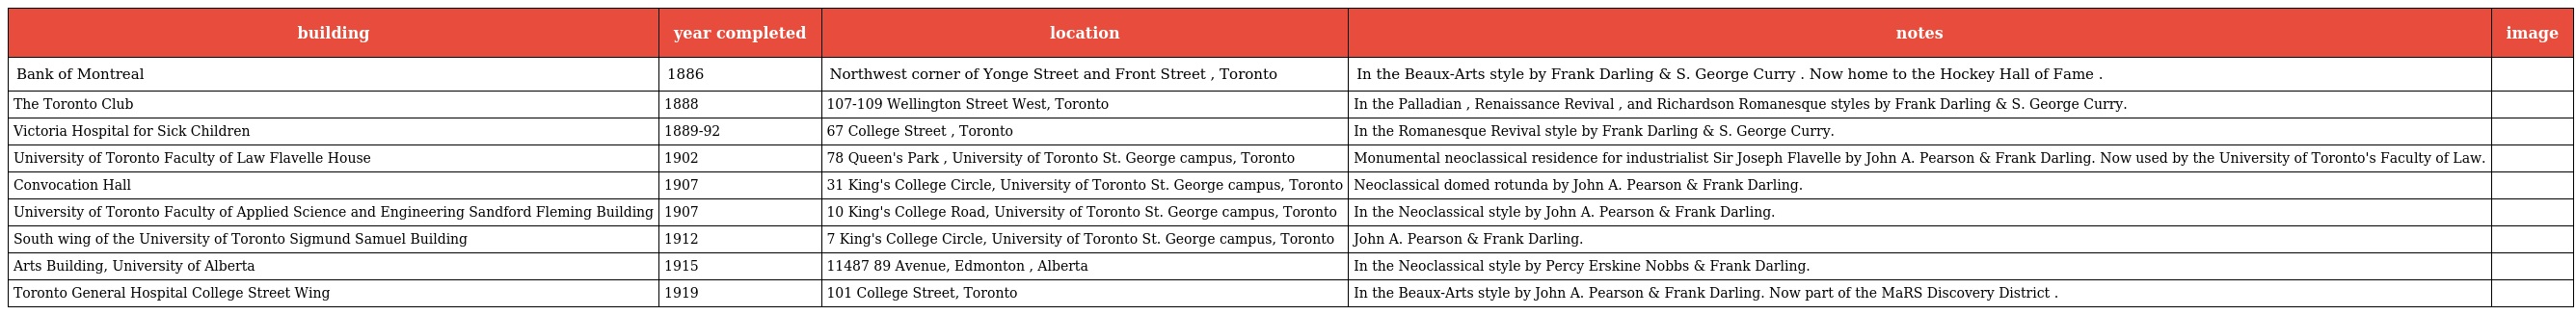
| building | year completed | location | notes | image |
 | --- | --- | --- | --- | --- |
 | Bank of Montreal | 1886 | Northwest corner of Yonge Street and Front Street , Toronto | In the Beaux-Arts style by Frank Darling & S. George Curry . Now home to the Hockey Hall of Fame . |  |
 | The Toronto Club | 1888 | 107-109 Wellington Street West, Toronto | In the Palladian , Renaissance Revival , and Richardson Romanesque styles by Frank Darling & S. George Curry. |  |
 | Victoria Hospital for Sick Children | 1889-92 | 67 College Street , Toronto | In the Romanesque Revival style by Frank Darling & S. George Curry. |  |
 | University of Toronto Faculty of Law Flavelle House | 1902 | 78 Queen's Park , University of Toronto St. George campus, Toronto | Monumental neoclassical residence for industrialist Sir Joseph Flavelle by John A. Pearson & Frank Darling. Now used by the University of Toronto's Faculty of Law. |  |
 | Convocation Hall | 1907 | 31 King's College Circle, University of Toronto St. George campus, Toronto | Neoclassical domed rotunda by John A. Pearson & Frank Darling. |  |
 | University of Toronto Faculty of Applied Science and Engineering Sandford Fleming Building | 1907 | 10 King's College Road, University of Toronto St. George campus, Toronto | In the Neoclassical style by John A. Pearson & Frank Darling. |  |
 | South wing of the University of Toronto Sigmund Samuel Building | 1912 | 7 King's College Circle, University of Toronto St. George campus, Toronto | John A. Pearson & Frank Darling. |  |
 | Arts Building, University of Alberta | 1915 | 11487 89 Avenue, Edmonton , Alberta | In the Neoclassical style by Percy Erskine Nobbs & Frank Darling. |  |
 | Toronto General Hospital College Street Wing | 1919 | 101 College Street, Toronto | In the Beaux-Arts style by John A. Pearson & Frank Darling. Now part of the MaRS Discovery District . |  |